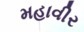
મહાવીર